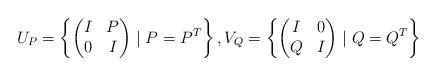
LaTeX: \begin{align*}U_P = \left\{\begin{pmatrix}I & P\\0 & I\end{pmatrix} \mid P = P^T \right\},V_Q = \left\{\begin{pmatrix}I & 0\\Q & I\end{pmatrix} \mid Q = Q^T \right\}\end{align*}